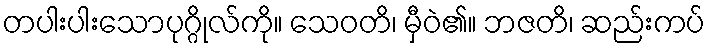
တပါးပါးသောပုဂ္ဂိုလ်ကို။ သေဝတိ၊ မှီဝဲ၏။ ဘဇတိ၊ ဆည်းကပ်